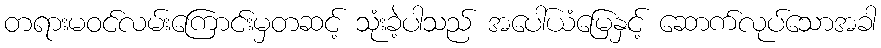
တရားမဝင်လမ်းကြောင်းမှတဆင့် သုံးခဲ့ပါသည် အပေါ်ယံမြေနှင့် ဆောက်လုပ်သောအခါ